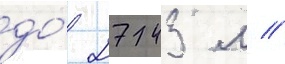
до́ 2743 м //